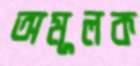
অমূলক